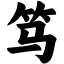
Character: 笃